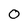
Character: o